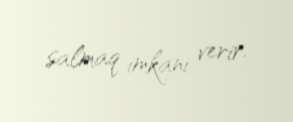
salmaq imkanı verir.